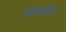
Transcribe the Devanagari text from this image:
पानगळीचं